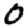
Digit: 0